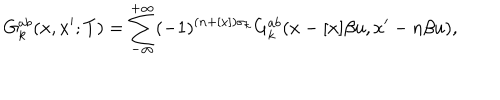
G _ { k } ^ { a b } ( x , x ^ { \prime } ; T ) = \sum _ { - \infty } ^ { + \infty } ( - 1 ) ^ { ( n + [ x ] ) \sigma _ { k } } G _ { k } ^ { a b } ( x - [ x ] \beta u , x ^ { \prime } - n \beta u ) ,